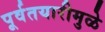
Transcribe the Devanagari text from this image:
पूर्वतयारीमुळे